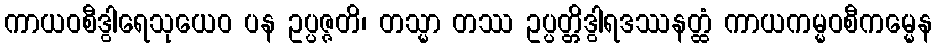
ကာယဝစီဒွါရေသုယေဝ ပန ဥပ္ပဇ္ဇတိ၊ တသ္မာ တဿ ဥပ္ပတ္တိဒွါရဒဿနတ္ထံ ကာယကမ္မဝစီကမ္မေန